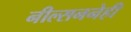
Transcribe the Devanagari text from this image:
नील्सननेही